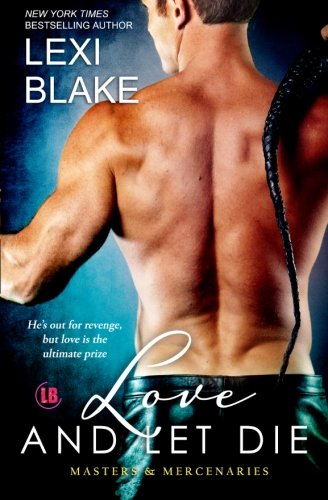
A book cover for Love and Let Die  (Masters and Mercenaries) (Volume 5); Lexi Blake; Romance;